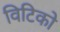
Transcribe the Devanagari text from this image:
विटिको